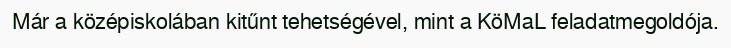
Már a középiskolában kitűnt tehetségével, mint a KöMaL feladatmegoldója.